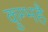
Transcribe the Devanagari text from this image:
कुम्भहै